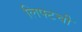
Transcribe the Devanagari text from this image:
लिफ्टची